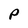
Character: p